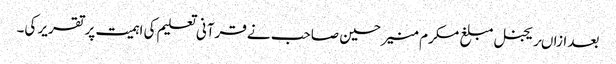
بعد ازاںریجنل مبلغ مکرم منیر حسین صاحب نے قرآنی تعلیم کی اہمیت پر تقریر کی۔